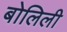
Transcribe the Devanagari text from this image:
बोलिली